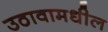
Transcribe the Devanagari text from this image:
उठावामधील